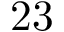
2 3